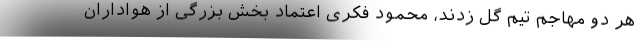
هر دو مهاجم تیم گل زدند، محمود فکری اعتماد بخش بزرگی از هواداران